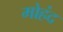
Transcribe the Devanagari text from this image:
मोहंद